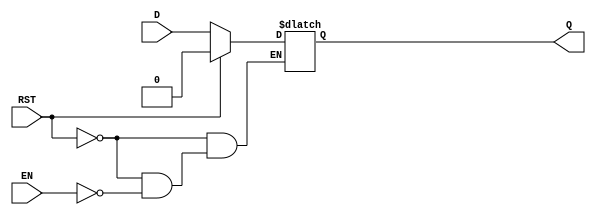
module async_register (
    input wire D,       // Data input
    input wire EN,      // Enable signal
    input wire RST,     // Asynchronous reset signal
    output reg Q        // Data output
);

    // Always block for asynchronous behavior
    always @* begin
        if (RST) begin
            Q = 1'b0;   // Reset output to low (or predefined state)
        end else if (EN) begin
            Q = D;      // Capture input data when enabled
        end
        // If EN is low and RST is not asserted, retain previous value of Q
    end

endmodule